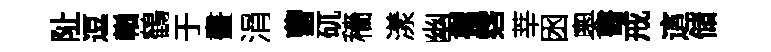
阯逗輶鶴于晝涓曹矹穡漾幽樾霑莘囦奧醫戒這储